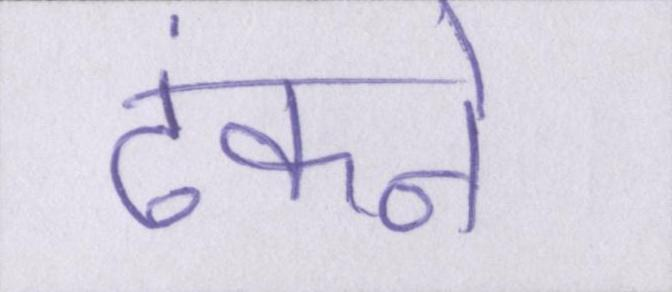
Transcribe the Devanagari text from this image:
ढंकने